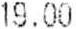
19.00